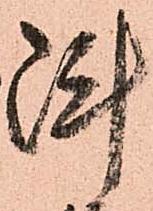
陣